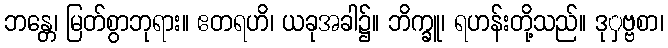
ဘန္တေ၊ မြတ်စွာဘုရား။ ဧတရဟိ၊ ယခုအခါ၌။ ဘိက္ခူ၊ ရဟန်းတို့သည်။ ဒုှဗ္ဗစာ၊